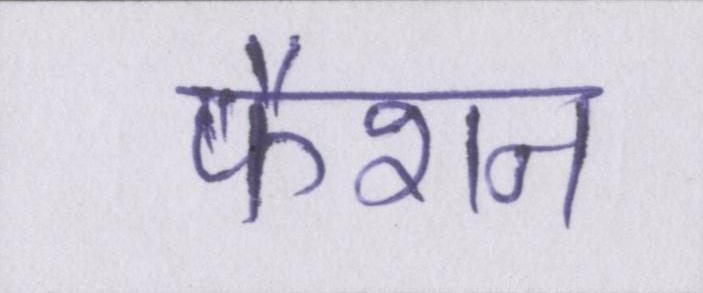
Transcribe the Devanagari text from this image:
फैशन